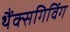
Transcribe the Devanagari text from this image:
थैंक्‍सगिविंग